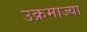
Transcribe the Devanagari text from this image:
उक्रमाज्या